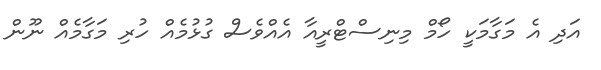
އަދި އެ މަގާމަކީ ހޯމް މިނިސްޓްރީއާ އެއްވެސް ގުޅުމެއް ހުރި މަގާމެއް ނޫން